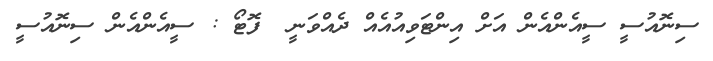
ސިނޮއުސީ ސީއެންއެން އަށް އިންޓަވިއުއެއް ދެއްވަނީ  ފޮޓޯ : ސީއެންއެން ސިނޮއުސީ